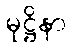
မုဋ္ဌိနာ